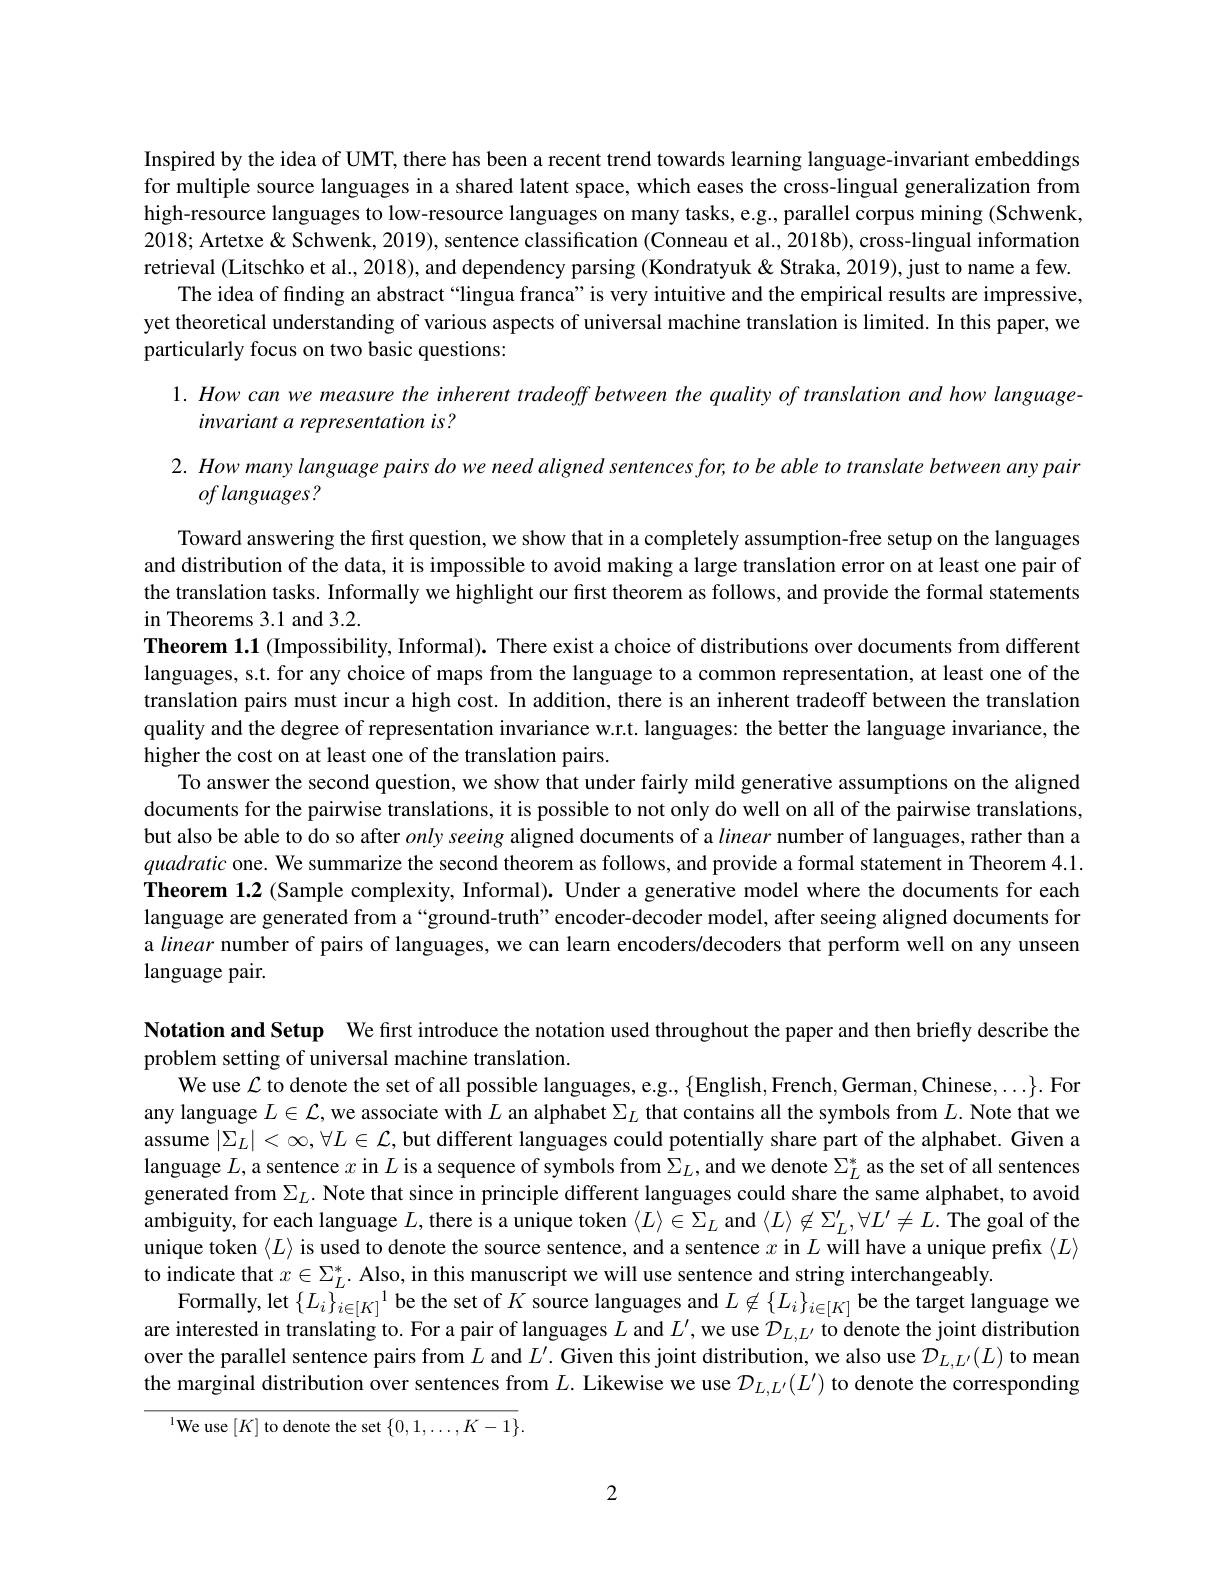
Inspired by the idea of UMT, there has been a recent trend towards learning language-invariant embeddings for multiple source languages in a shared latent space, which eases the cross-lingual generalization from high-resource languages to low-resource languages on many tasks, e.g., parallel corpus mining (Schwenk, poralis poralis poralis poralis poralis poralis poralis poralis poralis poralis poralis poralis porali paralis poralis poralis poralis poralis poralis 2018; Artetxe & Schwenk, 2019), sentence classification (Conneau et al., 2018b), cross-lingual information retrieval (Litschko et al., 2018), and dependency parsing (Kondratyuk & Straka, 2019), just to name a few.
The idea of finding an abstract “lingua franca”is very intuitive and the empirical results are impressive, yet theoretical understanding of various aspects of universal machine translation is limited. In this paper, we particularly focus on two basic questions:

1. How can we measure the inherent tradeoff between the quality of translation and how language-
invariant a representation is?

2. How many language pairs do we need aligned sentences for, to be able to translate between any pair
$oflanguages?$

Toward answering the first question, we show that in a completely assumption-free setup on the languages and distribution of the data, it is impossible to avoid making a large translation error on at least one pair of the translation tasks. Informally we highlight our first theorem as follows, and provide the formal statements in Theorems 3.1 and 3.2.
Theorem 1.1 (Impossibility, Informal). There exist a choice of distributions over documents from different languages, s.t. for any choice of maps from the language to a common representation, at least one of the translation pairs must incur a high cost. In addition, there is an inherent tradeoff between the translation quality and the degree of representation invariance w.r.t. languages: the better the language invariance, the higher the cost on at least one of the translation pairs.
To answer the second question, we show that under fairly mild generative assumptions on the aligned documents for the pairwise translations, it is possible to not only do well on all of the pairwise translations, but also be able to do so after only seeing aligned documents of a linear number of languages, rather than a quadratic one. We summarize the second theorem as follows, and provide a formal statement in Theorem 4.1. Theorem 1.2 (Sample complexity, Informal). Under a generative model where the documents for each language are generated from a“ground-truth”encoder-decoder model, after seeing aligned documents for a linear number of pairs of languages, we can learn encoders/decoders that perform well on any unseen language pair.

Notation and Setup We first introduce the notation used throughout the paper and then briefly describe the
problem setting of universal machine translation.
We use $\mathcal{L}$ to denote the set of all possible languages, e.g.$\{$English,French,German,Chinese$,\ldots\}.$ For any language $L\in\mathcal{L}$, we associate with $L$ an alphabet $\Sigma_L$ that contains all the symbols from $L.$ Note that we assume $|\Sigma_L|<\infty,\forall L\in\mathcal{L}$, but different languages could potentially share part of the alphabet. Given a language $L$,a sentence $x$ in $L$ is a sequence of symbols from $\Sigma_L$, and we denote $\Sigma_L^*$ as the set of all sentences generated from $\Sigma_L.$ Note that since in principle different languages could share the same alphabet, to avoid ambiguity, for each language $L$, there is a unique token $\langle L\rangle\in\Sigma_L$ and $\langle L\rangle\not\in\Sigma_L^{\prime},\forall L^{\prime}\neq L.$ The goal of the unique token $\langle L\rangle$ is used to denote the source sentence, and a sentence $x$ in $L$ will have a unique prefix $\langle L\rangle$ to indicate that $x\in\Sigma_L^*.$ Also, in this manuscript we will use sentence and string interchangeably.
Formally, let $\{L_i\}_{i\in[K]}^1$ be the set of $K$ source languages and $L\not\in\{L_i\}_{i\in[K]}$ be the target language we are interested in translating to. For a pair of languages $L$ and $L^{\prime}$, we use $\mathcal{D}_{L,L^{\prime}}$ to denote the joint distribution over the parallel sentence pairs from $L$ and $L^\prime.$ Given this joint distribution, we also use $\mathcal{D}_{L,L^{\prime}}(L)$ to meam the marginal distribution over sentences from $L.$ Likewise we use $\mathcal{D}_L,L^{\prime}(L^{\prime})$ to denote the corresponding
$^{1}$We use$\left[K\right]$to denote the set$\left\{0,1,\ldots,K-1\right\}.$

2